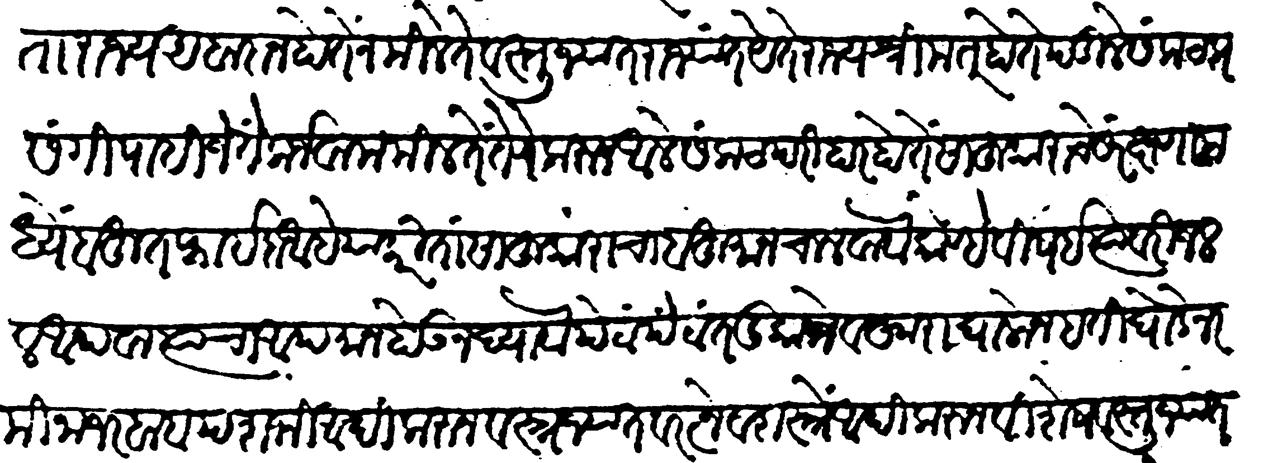
Transliteration (Devanagari): साहूकाराकरितां राज्य अबादान होते न मिळे ते वस्तूजात राज्यात येते राज्य श्रीमंत होते पहिले संकट प्रसंगी पाहिजे ते कर्जवाम मिळते तेणेकरुन आले संकट परिहार होते साहुकाराचे संरक्षणा मध्ये बहुत फाईदा आहे याकरिता साहुकारांचा बहुमान चालवावा कोण्हे विषई त्यावरी जलल अथवा त्याचा अपमान होऊ न द्यावा पेठा पेठात दुकाने वखारा घालोन हत्ती घोडे नरमिना जरबाब पशमी आदिकरून वस्त्रजात व रत्ने आदी करुन विशेष वस्तुजात यांचा